Madras plague regulations and rules - Volume 1
Disease focus: Plague
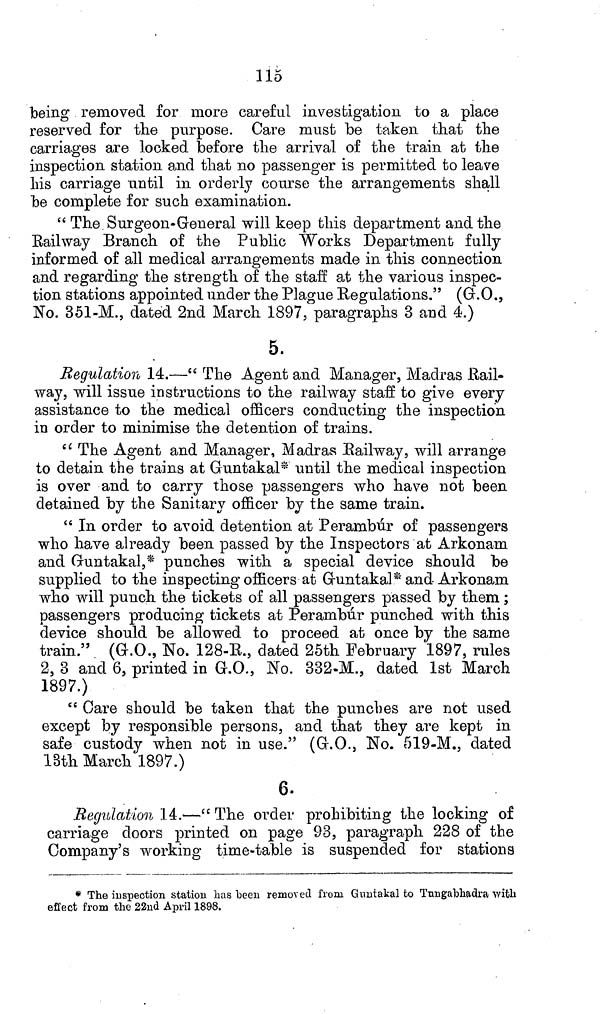
115
being removed for more careful investigation to a place
reserved for the purpose. Care must be taken that the
carriages are locked before the arrival of the train at the
inspection station and that no passenger is permitted to leave
his carriage until in orderly course the arrangements shall
be complete for such examination.
"The Surgeon-General will keep this department and the
Railway Branch of the Public Works Department fully
informed of all medical arrangements made in this connection
and regarding the strength of the staff at the various inspec-
tion stations appointed under the Plague Regulations." (G.O.,
No. 351-M., dated 2nd March 1897, paragraphs 3 and 4.)
5.
Regulation 14.—" The Agent and Manager, Madras Rail-
way, will issue instructions to the railway staff to give every
assistance to the medical officers conducting the inspection
in order to minimise the detention of trains.
"The Agent and Manager, Madras Railway, will arrange
to detain the trains at Guntakal* until the medical inspection
is over and to carry those passengers who have not been
detained by the Sanitary officer by the same train.
"In order to avoid detention at Perambúr of passengers
who have already been passed by the Inspectors at Arkonam
and Guntakal,* punches with a special device should be
supplied to the inspecting officers at Gruntakal* and Arkonam
who will punch the tickets of all passengers passed by them;
passengers producing tickets at Perambur punched with this
device should be allowed to proceed at once by the same
train." (G.O., No. 128-R., dated 25th February 1897, rules
2, 3 and 6, printed in G.O., No. 332-M., dated 1st March
1897.)
"Care should be taken that the punches are not used
except by responsible persons, and that they are kept in
safe custody when not in use." (G.O., No. 519-M., dated
18th March 1897.)
6.
Regulation 14.—" The order prohibiting the locking of
carriage doors printed on page 93, paragraph 228 of the
Company's working time-table is suspended for stations
* The inspection station has been removed from Guntakal to Tungabhadra with
effect from the 22nd April 1898.